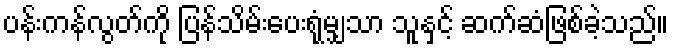
ပန်းကန်လွတ်ကို ပြန်သိမ်းပေးရုံမျှသာ သူနှင့် ဆက်ဆံဖြစ်ခဲ့သည်။